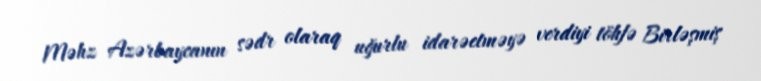
Məhz Azərbaycanın sədr olaraq uğurlu idarəetməyə verdiyi töhfə Birləşmiş